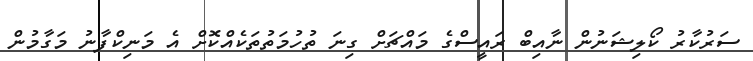
ސަރުކާރު ކޯލިޝަނުން ނާއިބް ރައީސްގެ މައްޗަށް ގިނަ ތުހުމަތުތަކެއްކޮށް އެ މަނިކްފާނު މަގާމުން